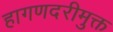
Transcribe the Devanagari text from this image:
हागणदरीमुक्त